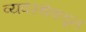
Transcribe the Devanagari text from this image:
व्यवस्थेकडून